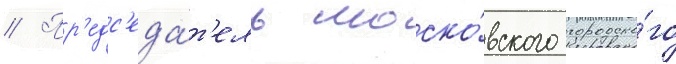
// Пр'едс'еда́т'ель моско́вского городско́го